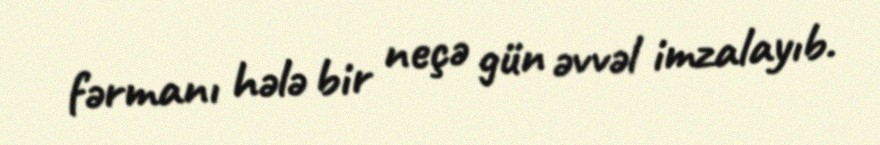
fərmanı hələ bir neçə gün əvvəl imzalayıb.